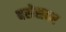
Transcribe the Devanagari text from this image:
बसेसवर